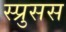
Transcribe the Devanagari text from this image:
स्प्रुसस